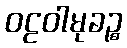
ဝဠဝါမုခဉ္စ